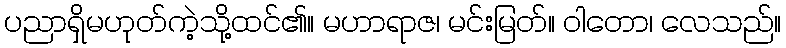
ပညာရှိမဟုတ်ကဲ့သို့ထင်၏။ မဟာရာဇ၊ မင်းမြတ်။ ဝါတော၊ လေသည်။